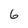
Character: 6